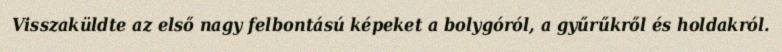
Visszaküldte az első nagy felbontású képeket a bolygóról, a gyűrűkről és holdakról.